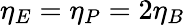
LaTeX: \eta_{E}=\eta_{P}=2\eta_{B}